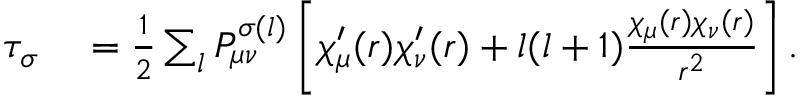
\begin{array} { r l } { \tau _ { \sigma } } & { { } = \frac { 1 } { 2 } \sum _ { l } P _ { \mu \nu } ^ { \sigma ( l ) } \left[ \chi _ { \mu } ^ { \prime } ( r ) \chi _ { \nu } ^ { \prime } ( r ) + l ( l + 1 ) \frac { \chi _ { \mu } ( r ) \chi _ { \nu } ( r ) } { r ^ { 2 } } \right] . } \end{array}